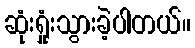
ဆုံးရှုံးသွားခဲ့ပါတယ်။